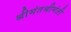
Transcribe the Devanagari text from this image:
श्रीमंतश्रीमंती